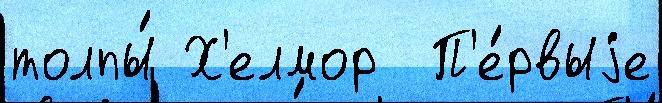
толпы́ Х'елмор  П'е́рвыjе